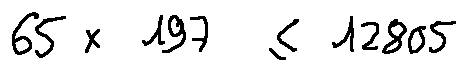
6 5 \times 1 9 7 \leq 1 2 8 0 5